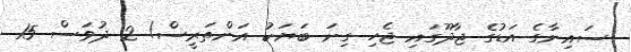
ސައިނާގެ އަޑުގެ ޖާދޫގައި ޖެހި ގިނަ ބަޔަކު އަންތަރީސް! 2 ދުވަސް 15